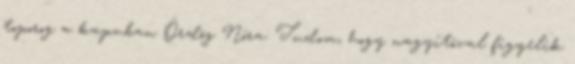
toporog a kapuban Ördög Nóra: Tudom, hogy nagyítóval figyelik